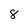
Character: 8